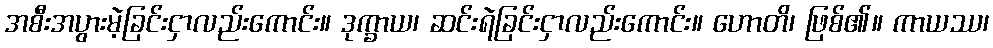
အစီးအပွားမဲ့ခြင်းငှာလည်းကောင်း။ ဒုက္ခာယ၊ ဆင်းရဲခြင်းငှာလည်းကောင်း။ ဟောတိ၊ ဖြစ်၏။ ကာယဿ၊